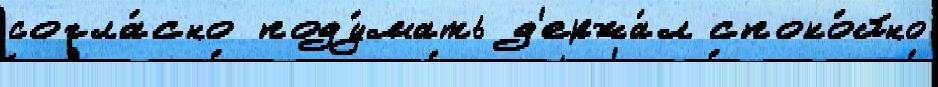
согла́сно поду́мать д'ержа́л споко́йно